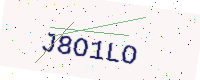
Text: J8O1LO